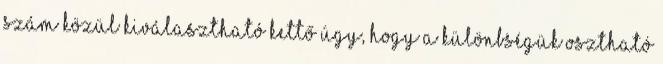
szám közül kiválasztható kettő úgy, hogy a különbségük osztható